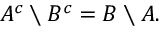
A ^ { c } \setminus B ^ { c } = B \setminus A .